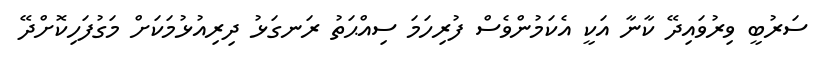
ސަރުބީ ވިރުވައިދޭ ކާނާ އަކީ އެކަމުންވެސް ފުރިހަމަ ސިއްޙަތު ރަނގަޅު ދިރިއުޅުމަކަށް މަގުފަހިކޮށްދޭ